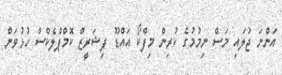
އަންނަ ޖުލައި މަސް ނިމުމުގެ ކުރިން މިފްކޯ އައްޑޫ ފިޝަރީޒް ކޮމްޕްލެކްސް ހުޅުވަން